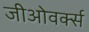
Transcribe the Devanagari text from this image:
जीओवर्क्स